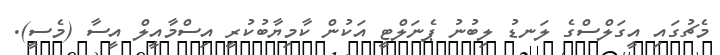
މެޗުގައި އީގަލްސްގެ ލަނޑު ލިބުނު ޕެނަލްޓީ އަކުން ކާމިޔާބުކުރީ އިސްމާއީލް އީސާ (މެސީ).